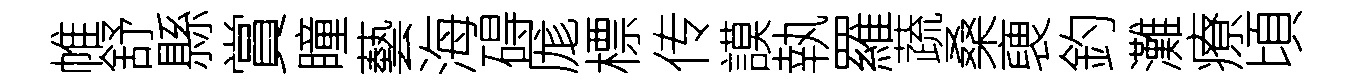
帷舒縣賞瞳藝海碍厖標传謨執羅蔬桑褏釣灘療頃